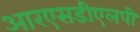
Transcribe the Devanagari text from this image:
आरएसडीएलपी